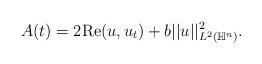
LaTeX: \begin{align*}A(t) = 2 {\rm Re}(u,u_t) + b ||u||^2_{L^2(\mathbb{H}^n)}.\end{align*}